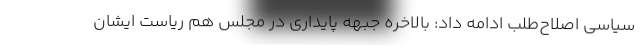
سیاسی اصلاح‌طلب ادامه داد: بالاخره جبهه پایداری در مجلس هم ریاست ایشان